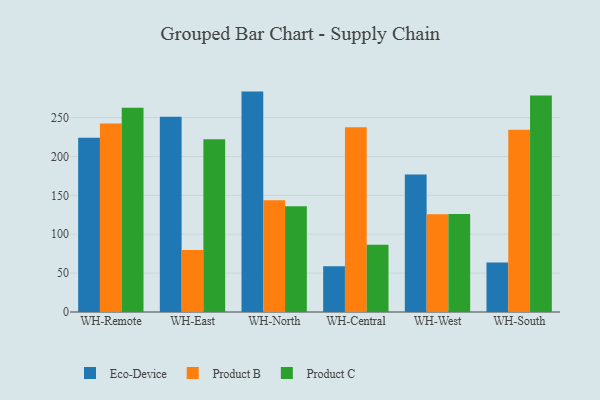
{"axis": {"x": "Warehouse", "y": "Website Visitors"}, "legend": ["Eco-Device", "Product B", "Product C"], "data": [{"x": "WH-Remote", "y": 224.2, "type": "Eco-Device"}, {"x": "WH-Remote", "y": 242.5, "type": "Product B"}, {"x": "WH-Remote", "y": 262.7, "type": "Product C"}, {"x": "WH-East", "y": 251.2, "type": "Eco-Device"}, {"x": "WH-East", "y": 79.7, "type": "Product B"}, {"x": "WH-East", "y": 222.1, "type": "Product C"}, {"x": "WH-North", "y": 283.5, "type": "Eco-Device"}, {"x": "WH-North", "y": 143.6, "type": "Product B"}, {"x": "WH-North", "y": 136.1, "type": "Product C"}, {"x": "WH-Central", "y": 58.7, "type": "Eco-Device"}, {"x": "WH-Central", "y": 237.6, "type": "Product B"}, {"x": "WH-Central", "y": 86.4, "type": "Product C"}, {"x": "WH-West", "y": 176.8, "type": "Eco-Device"}, {"x": "WH-West", "y": 125.6, "type": "Product B"}, {"x": "WH-West", "y": 126.1, "type": "Product C"}, {"x": "WH-South", "y": 63.8, "type": "Eco-Device"}, {"x": "WH-South", "y": 234.5, "type": "Product B"}, {"x": "WH-South", "y": 278.4, "type": "Product C"}]}